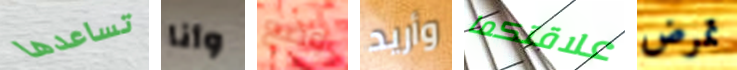
تساعدها وأنا وضع وأريد علاقتكما تمرض